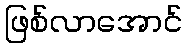
ဖြစ်လာအောင်